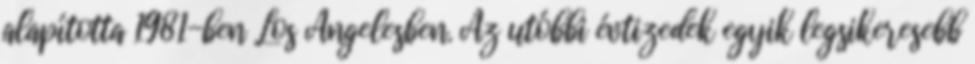
alapította 1981-ben Los Angelesben. Az utóbbi évtizedek egyik legsikeresebb